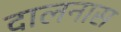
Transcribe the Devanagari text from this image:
दालनास